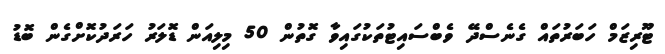
ޓޫރިޒަމް ހަބަރުތައް ގެނެސްދޭ ވެބްސައިޓުތަކުގައިވާ ގޮތުން 50 މިލިއަން ޑޮލަރު ހަރަދުކޮށްގެން ބޮޑު